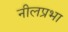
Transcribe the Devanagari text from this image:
नीलप्रभा